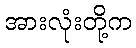
အားလုံးတို့က